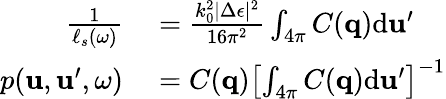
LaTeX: \begin{array}{rl}{\frac{1}{\ell_{s}(\omega)}}&{{}=\frac{k_{0}^{2}|\Delta\epsilon|^{2}}{16\pi^{2}}\int_{4\pi}C(\boldsymbol{\mathbf{q}})\mathrm{d}\boldsymbol{\mathbf{u}}^{\prime}}\\ {p(\boldsymbol{\mathbf{u}},\boldsymbol{\mathbf{u}}^{\prime},\omega)}&{{}=C(\boldsymbol{\mathbf{q}})\left[\int_{4\pi}C(\boldsymbol{\mathbf{q}})\mathrm{d}\boldsymbol{\mathbf{u}}^{\prime}\right]^{-1}}\end{array}